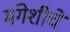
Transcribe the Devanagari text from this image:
मंगेशीचे